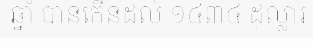
ឆ្នាំ បានកើនដល់ ១៤៣៤ ដុល្លារ